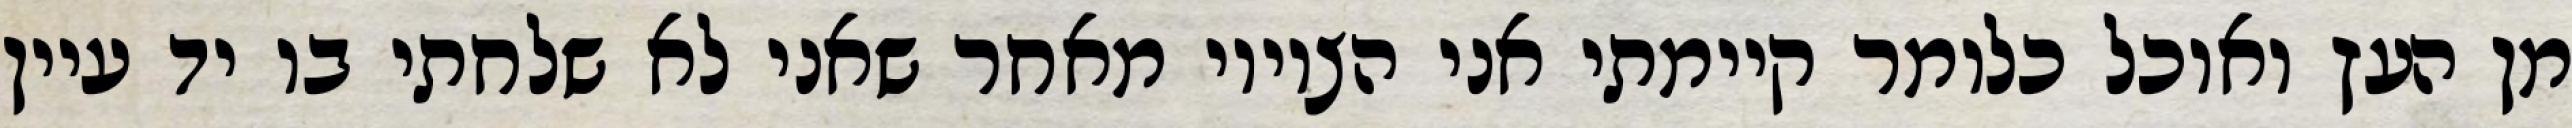
מן העץ ואוכל כלומר קיימתי אני הציווי מאחר שאני לא שלחתי בו יד עיין